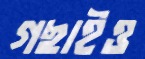
গছাইও